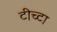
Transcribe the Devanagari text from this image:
टीच्टा